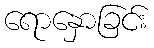
ရောနှောခြင်း